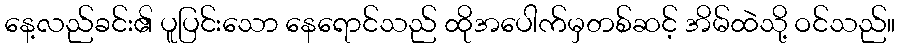
နေ့လည်ခင်း၏ ပူပြင်းသော နေရောင်သည် ထိုအပေါက်မှတစ်ဆင့် အိမ်ထဲသို့ ဝင်သည်။